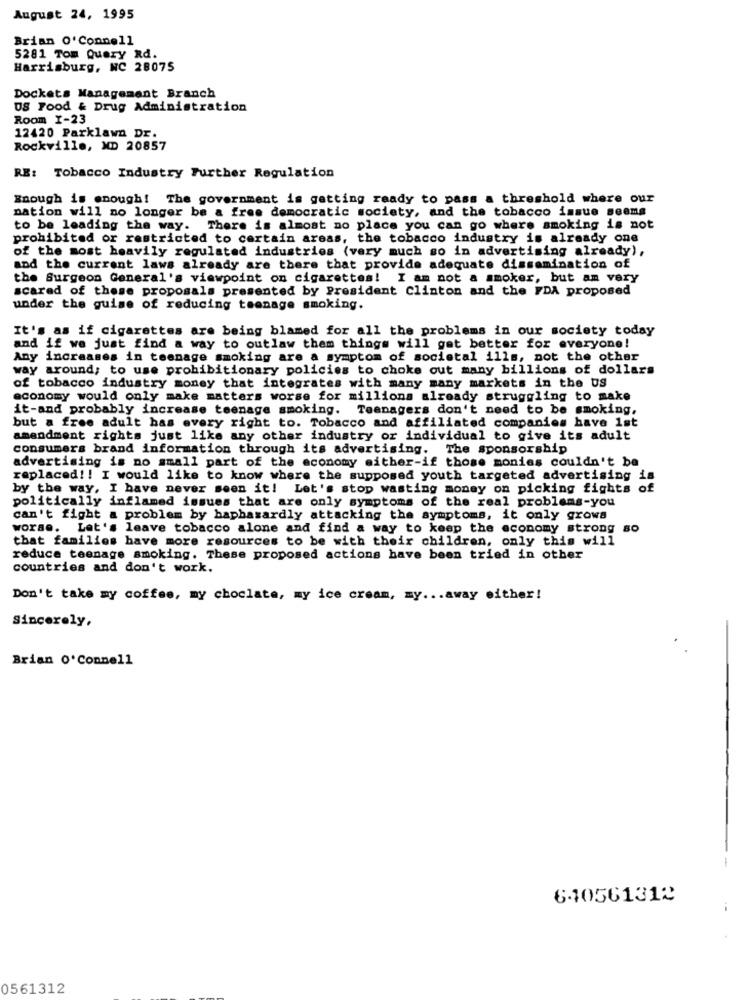
August 24, 1995
Brian O'Connell
5281 Tom Query Rd.
Harrisburg, NC 28075
Dockets Management Branch
DS Food & Drug Administration
Room 1-23
12420 Parklawn Dr.
Rockville, XD 20857
RE: Tobacco Industry Further Regulation
Enough is enough! The government is getting ready to pass a threshold where our
nation will no longer be a free democratic society, and the tobacco issue seems
to be leading the way. There is almost no place you can go where smoking is not
prohibited or restricted to certain areas, the tobacco industry is already one
of the most heavily regulated industries (very much so in advertising already),
and the current laws already are there that provide adequate dissemination of
the Surgeon General's viewpoint on cigarettes! I am not a smoker, but am very
scared of these proposals presented by President Clinton and the FDA proposed
under the guise of reducing teenage smoking.
It's as if cigarettes are being blamed for all the problems in our society today
and if we just find a way to outlaw them things will get better for everyone!
Any increases in teenage smoking are a symptom of societal ills, not the other
way around; to use prohibitionary policies to choke out many billions of dollars
of tobacco industry money that integrates with many many markets in the us
economy would only make matters worse for millions already struggling to make
it-and probably increase teenage smoking. Teenagers don't need to be smoking,
but a free adult has every right to. Tobacco and affiliated companies have 1st
amendment rights just like any other industry or individual to give its adult
consumers brand information through its advertising. The sponsorship
advertising is no small part of the economy either-if those monies couldn't be
replaced !! I would like to know where the supposed youth targeted advertising is
by the way, I have never seen it! Let's stop wasting money on picking fights of
politically inflamed issues that are only symptoms of the real problems-you
can't fight a problem by haphazardly attacking the symptoms, it only grows
worse. Let's leave tobacco alone and find a way to keep the economy strong so
that families have more resources to be with their children, only this will
reduce teenage smoking. These proposed actions have been tried in other
countries and don't work.
Don't take my coffee, my choclate, my ice cream, my ... away either!
Sincerely,
Brian O'Connell
640561312
0561312